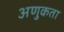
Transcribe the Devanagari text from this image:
अणुकता